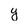
Character: y